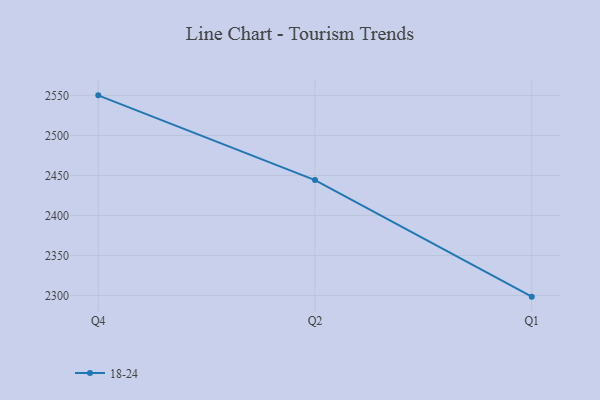
{"axis": {"x": "Quarter", "y": "Churn Rate (%)"}, "legend": ["18-24"], "data": [{"x": "Q4", "y": 2550.1, "type": "18-24"}, {"x": "Q2", "y": 2444.2, "type": "18-24"}, {"x": "Q1", "y": 2298.6, "type": "18-24"}]}